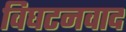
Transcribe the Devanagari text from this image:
विघटनवाद